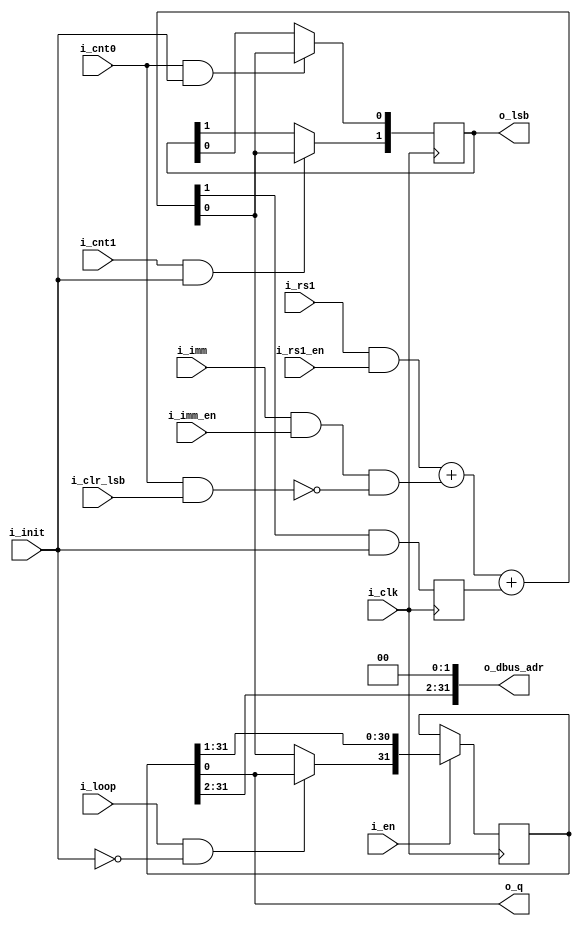
module serv_bufreg
  (
   input wire 	      i_clk,
   input wire 	      i_cnt0,
   input wire 	      i_cnt1,
   input wire 	      i_en,
   input wire 	      i_init,
   input wire 	      i_loop,
   input wire 	      i_rs1,
   input wire 	      i_rs1_en,
   input wire 	      i_imm,
   input wire 	      i_imm_en,
   input wire 	      i_clr_lsb,
   output reg [1:0]   o_lsb,
   output wire [31:0] o_dbus_adr,
   output wire 	      o_q);

   wire 	      c, q;
   reg 		      c_r;
   reg [31:0] 	      data;

   wire 	      clr_lsb = i_cnt0 & i_clr_lsb;

   assign {c,q} = {1'b0,(i_rs1 & i_rs1_en)} + {1'b0,(i_imm & i_imm_en & !clr_lsb)} + c_r;

   always @(posedge i_clk) begin
      //Clear carry when not in INIT state
      c_r <= c & i_init;

      if (i_en)
	data <= {(i_loop & !i_init) ? o_q : q, data[31:1]};

      if (i_cnt0 & i_init)
	o_lsb[0] <= q;
      if (i_cnt1 & i_init)
	o_lsb[1] <= q;
   end

   assign o_q = data[0];
   assign o_dbus_adr = {data[31:2], 2'b00};

endmodule